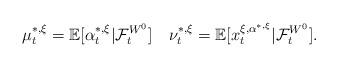
LaTeX: \begin{align*}\mu_t^{*,\xi}=\mathbb E[\alpha^{*,\xi}_t|\mathcal{F}_t^{W^0}]\quad\nu_t^{*,\xi}=\mathbb E[x_t^{\xi,\alpha^{*,\xi}}|\mathcal{F}_t^{W^0}].\end{align*}